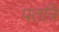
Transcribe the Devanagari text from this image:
पतत्रि